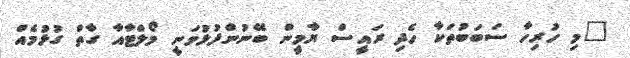
"މި ހުރިހާ ސަބަބުތަކާ ހެދި ރައީސް ޔާމީން ބޭނުންފުޅުވަނީ މޯލްޓާއާ ގާތް ގުޅުމެއް